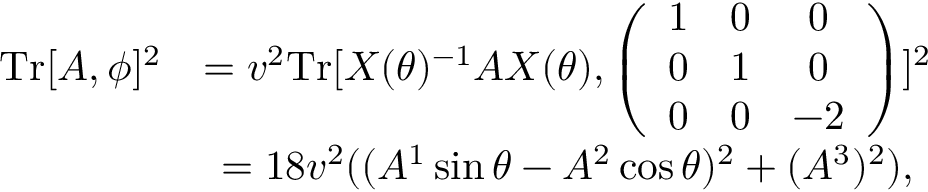
\begin{array} { c c } { { \mathrm { T r } [ A , \phi ] ^ { 2 } } } & { { = v ^ { 2 } \mathrm { T r } [ X ( \theta ) ^ { - 1 } A X ( \theta ) , \left( \begin{array} { c c c } { { 1 } } & { { 0 } } & { { 0 } } \\ { { 0 } } & { { 1 } } & { { 0 } } \\ { { 0 } } & { { 0 } } & { { - 2 } } \end{array} \right) ] ^ { 2 } } } \\ { { } } & { { = 1 8 v ^ { 2 } ( ( A ^ { 1 } \sin \theta - A ^ { 2 } \cos \theta ) ^ { 2 } + ( A ^ { 3 } ) ^ { 2 } ) , } } \end{array}